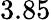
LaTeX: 3.85